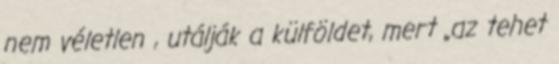
nem véletlen , utálják a külföldet, mert „az tehet